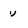
Character: v